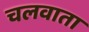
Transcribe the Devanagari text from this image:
चलवाता